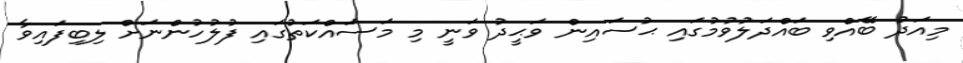
މިއަދު ބޭއްވި ބައްދަލުވުމުގައި ޙުސައިން ވަޙީދު ވަނީ މި މަސައްކަތުގައި ފުލުހުންނަށް ލިބިފައިވާ